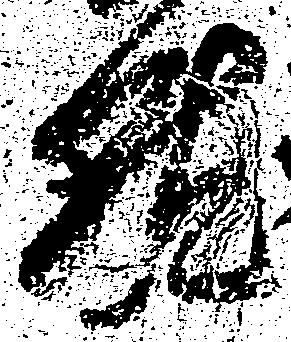
就